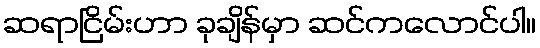
ဆရာငြိမ်းဟာ ခုချိန်မှာ ဆင်ကလောင်ပါ။